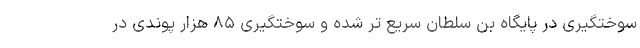
سوختگیری در پایگاه بن سلطان سریع تر شده و سوختگیری ۸۵ هزار پوندی در